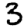
Digit: 3